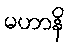
မဟာနိ